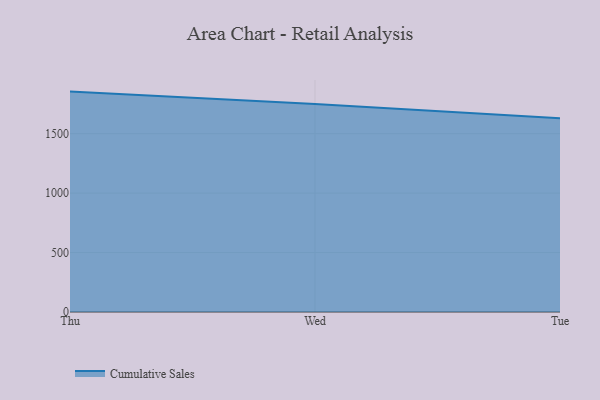
{"axis": {"x": "Day", "y": "Customer Acquisition Cost (USD)"}, "legend": ["Cumulative Sales"], "data": [{"x": "Thu", "y": 1854.1, "type": "Cumulative Sales"}, {"x": "Wed", "y": 1749.1, "type": "Cumulative Sales"}, {"x": "Tue", "y": 1629.6, "type": "Cumulative Sales"}]}